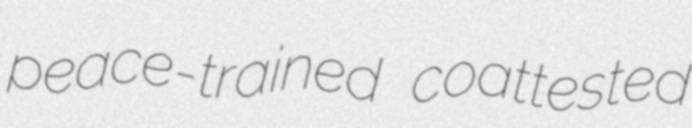
peace-trained coattested